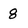
Character: 8